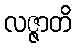
လဇ္ဇာတိ